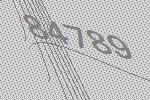
84789